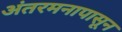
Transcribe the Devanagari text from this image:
अंतरमनापासून